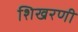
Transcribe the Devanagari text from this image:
शिखरणी